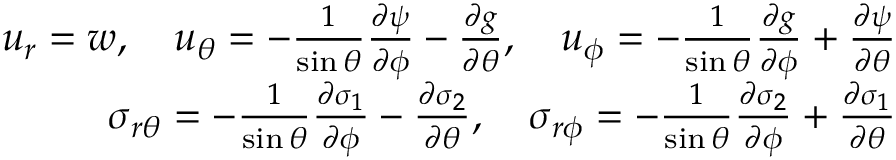
\begin{array} { r } { u _ { r } = w , \quad u _ { \theta } = - \frac { 1 } { \sin \theta } \frac { \partial \psi } { \partial \phi } - \frac { \partial g } { \partial \theta } , \quad u _ { \phi } = - \frac { 1 } { \sin \theta } \frac { \partial g } { \partial \phi } + \frac { \partial \psi } { \partial \theta } } \\ { \sigma _ { r \theta } = - \frac { 1 } { \sin \theta } \frac { \partial \sigma _ { 1 } } { \partial \phi } - \frac { \partial \sigma _ { 2 } } { \partial \theta } , \quad \sigma _ { r \phi } = - \frac { 1 } { \sin \theta } \frac { \partial \sigma _ { 2 } } { \partial \phi } + \frac { \partial \sigma _ { 1 } } { \partial \theta } } \end{array}